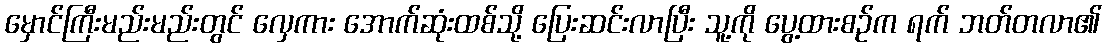
မှောင်ကြီးမည်းမည်းတွင် လှေကား အောက်ဆုံးထစ်သို့ ပြေးဆင်းလာပြီး သူ့ကို ပွေ့ထားစဉ်က ရက် ဘတ်တလာ၏